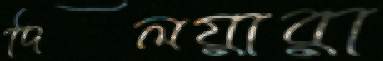
দিলয়ারা